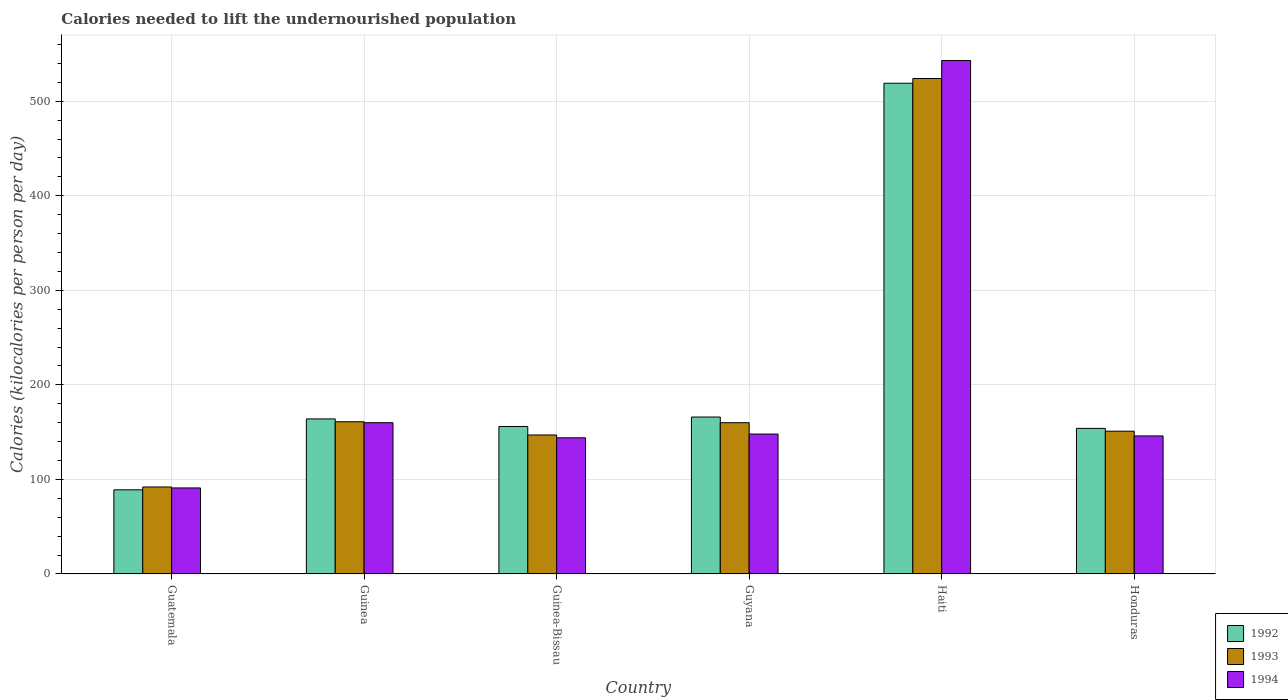
| Country | 1992 | 1993 | 1994 |
 | --- | --- | --- | --- |
 | Guatemala | 89 | 92 | 91 |
 | Guinea | 164 | 161 | 160 |
 | Guinea-Bissau | 156 | 147 | 144 |
 | Guyana | 166 | 160 | 148 |
 | Haiti | 519 | 524 | 543 |
 | Honduras | 154 | 151 | 146 |